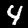
Digit: 4